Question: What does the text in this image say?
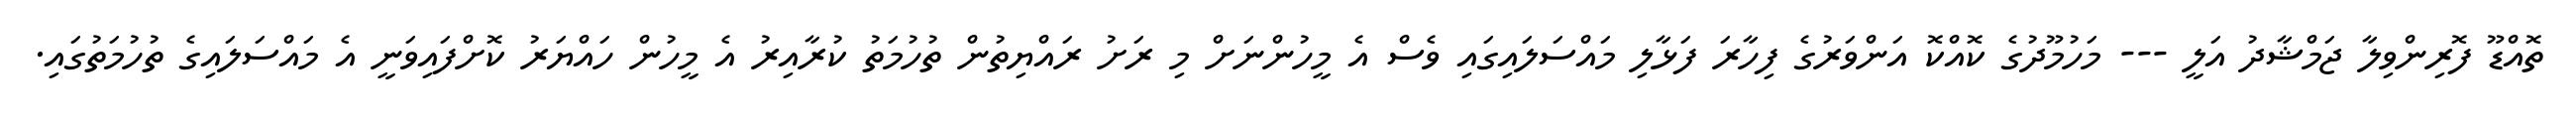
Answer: ތޮއްޑޫ ފޮރިންވިލާ ޖަމްޝާދު އަލީ --- މަހުމޫދުގެ ކޮއްކޮ އަންވަރުގެ ފިހާރަ ފަޅާލި މައްސަލައިގައި ވެސް އެ މީހުންނަށް މި ރަށު ރައްޔިތުން ތުހުމަތު ކުރާއިރު އެ މީހުން ހައްޔަރު ކޮށްފައިވަނީ އެ މައްސަލައިގެ ތުހުމަތުގައި.